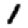
Digit: 1